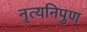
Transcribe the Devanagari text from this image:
नृत्यनिपुण